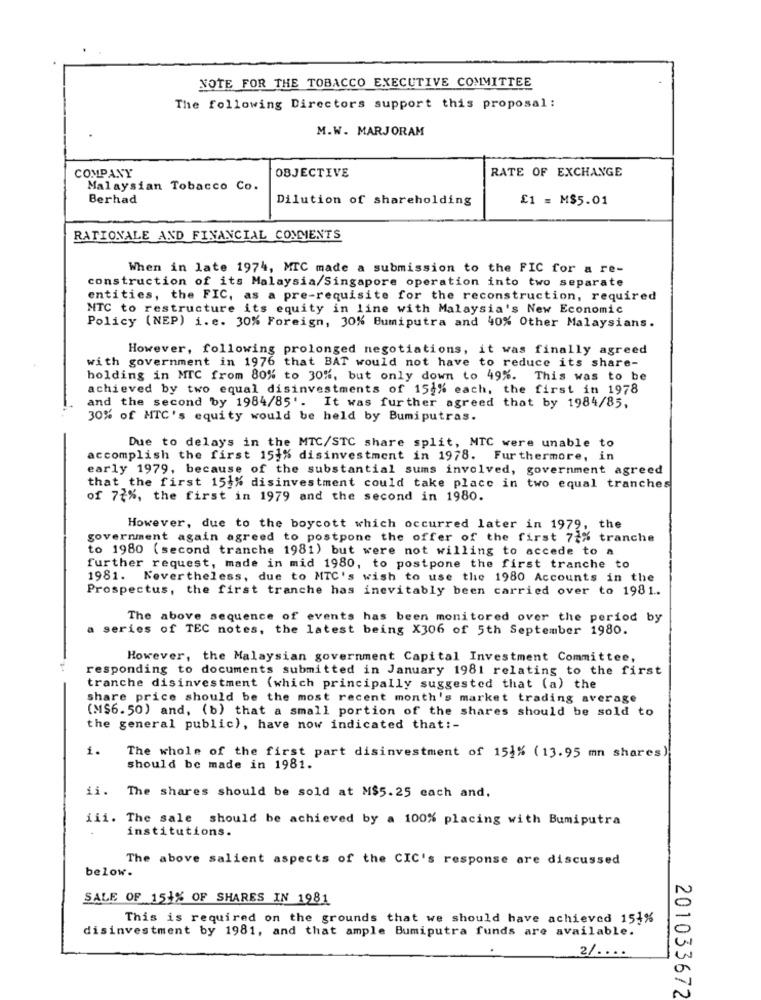
NOTE FOR THE TOBACCO EXECUTIVE COMMITTEE
The following Directors support this proposal :
M.W. MARJORAM
OBJECTIVE
RATE OF EXCHANGE
COMPANY
Malaysian Tobacco Co.
Berhad
Dilution of shareholding
£1 = M$5.01
RATIONALE AND FINANCIAL COMMENTS
When in late 1974, MTC made a submission to the FIC for a re-
construction of its Malaysia/Singapore operation into two separate
entities, the FIC, as a pre-requisite for the reconstruction, required
MTC to restructure its equity in line with Malaysia's New Economic
Policy (NEP) i. e. 30% Foreign, 30% Bumiputra and 40% Other Malaysians.
However, following prolonged negotiations, it was finally agreed
with government in 1976 that BAT would not have to reduce its share-
holding in MTC from 80% to 30%, but only down to 49%. This was to be
achieved by two equal disinvestments of 152% each, the first in 1978
and the second by 1984/85'. It was further agreed that by 1984/85,
30% of MTC's equity would be held by Bumiputras.
Due to delays in the MTC/STC share split, MTC were unable to
accomplish the first 15}% disinvestment in 1978. Furthermore, in
early 1979, because of the substantial sums involved, government agreed
that the first 151% disinvestment could take place in two equal tranches
of 72%, the first in 1979 and the second in 1980.
However, due to the boycott which occurred later in 1979, the
government again agreed to postpone the offer of the first 72% tranche
to 1980 (second tranche 1981) but were not willing to accede to a
further request, made in mid 1980, to postpone the first tranche to
1981. Nevertheless, due to MTC's wish to use the 1980 Accounts in the
Prospectus, the first tranche has inevitably been carried over to 1981.
The above sequence of events has been monitored over the period by
series of TEC notes, the latest being X306 of 5th September 1980.
However, the Malaysian government Capital Investment Committee,
responding to documents submitted in January 1981 relating to the first
tranche disinvestment (which principally suggested that (a) the
share price should be the most recent month's market trading average
(MS6.50) and, (b) that a small portion of the shares should be sold to
the general public), have now indicated that :-
1.
The whole of the first part disinvestment of 151% (13.95 mn shares)
should be made in 1981.
ii. The shares should be sold at M$5.25 each and.
iii. The sale should be achieved by a 100% placing with Bumiputra
institutions.
The above salient aspects of the CIC's response are discussed
below.
SALE OF 151% OF SHARES IN 1981
This is required on the grounds that we should have achieved 151%
disinvestment by 1981, and that ample Bumiputra funds are available.
2/. . . .
201033672